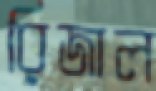
রিজাল